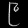
Digit: ၉